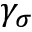
\gamma _ { \sigma }